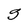
Character: g